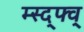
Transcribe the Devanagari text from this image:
म्स्द्फ्व्